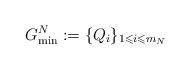
LaTeX: \begin{align*} G_{\min}^N:=\{Q_i\}_{1\leqslant i\leqslant m_N}\end{align*}